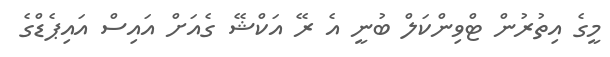
މީގެ އިތުރުން ޓްވިންކަލް ބުނީ އެ ރޭ އަކްޝޭ ގެއަަށް އައިސް އައިޕެޑްގެ